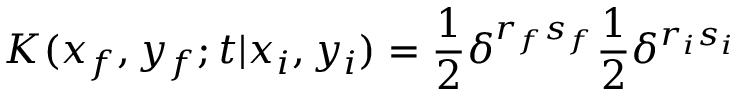
K ( x _ { f } , y _ { f } ; t | x _ { i } , y _ { i } ) = \frac { 1 } { 2 } \delta ^ { r _ { f } s _ { f } } \frac { 1 } { 2 } \delta ^ { r _ { i } s _ { i } }